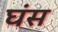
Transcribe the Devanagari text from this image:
घंस